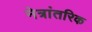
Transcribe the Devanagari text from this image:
नेत्रांतरिक